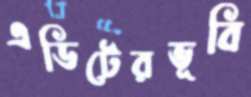
এডিটেরভূবি